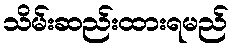
သိမ်းဆည်းထားရမည်